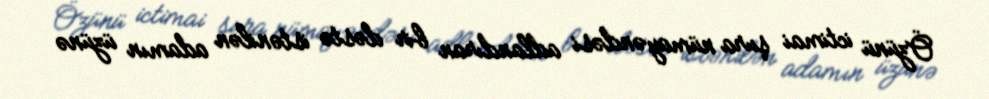
Özünü ictimai şura nümayəndəsi adlandıran bir dəstə istənilən adamın üzünə